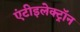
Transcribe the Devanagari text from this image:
एंटीइलेक्ट्रॉन